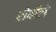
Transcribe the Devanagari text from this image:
रोबीले